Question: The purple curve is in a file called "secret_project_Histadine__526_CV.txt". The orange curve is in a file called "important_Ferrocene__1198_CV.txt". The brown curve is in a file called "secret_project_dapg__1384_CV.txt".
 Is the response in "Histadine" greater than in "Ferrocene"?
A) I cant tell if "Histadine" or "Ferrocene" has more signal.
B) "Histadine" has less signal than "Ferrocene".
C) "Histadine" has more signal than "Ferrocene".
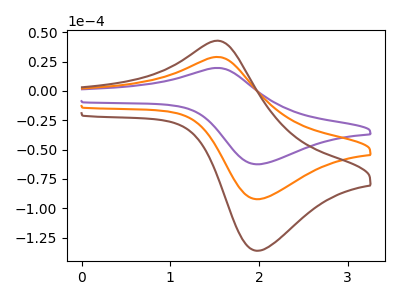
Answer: <think>The purple curve "Histadine" has an anodic peak at (1.50V, 19.65uA) and a cathodic peak at (1.95V, -62.50uA). The orange curve "Ferrocene" has an anodic peak at (1.50V, 29.00uA) and a cathodic peak at (1.95V, -92.30uA). The brown curve "dapg" has an anodic peak at (1.50V, 58.00uA) and a cathodic peak at (1.95V, -184.55uA).
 All the peaks in "Histadine" have a peak in "Ferrocene" at the same potential. Every peak in "Histadine" is lower than every peak in "Ferrocene".</think>
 <answer>B) "Histadine" has less signal than "Ferrocene".</answer>
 <eval>B</eval>